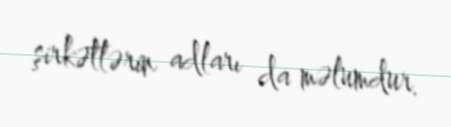
şirkətlərin adları da məlumdur.